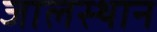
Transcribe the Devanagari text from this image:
जालस्थान